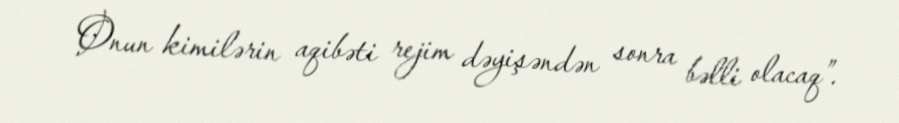
Onun kimilərin aqibəti rejim dəyişəndən sonra bəlli olacaq”.